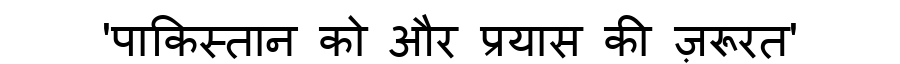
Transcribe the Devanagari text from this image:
'पाकिस्तान को और प्रयास की ज़रूरत'